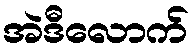
အဲဒီလောက်